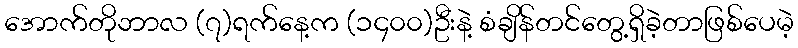
အောက်တိုဘာလ (၇)ရက်နေ့က (၁၄၀၀)ဦးနဲ့ စံချိန်တင်တွေ့ရှိခဲ့တာဖြစ်ပေမဲ့